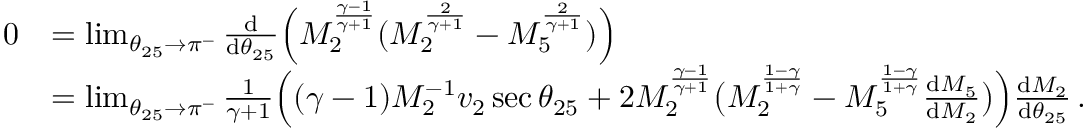
\begin{array} { r l } { 0 } & { = \operatorname* { l i m } _ { \theta _ { 2 5 } \to \pi ^ { - } } \frac { \mathrm { d } } { \mathrm { d } \theta _ { 2 5 } } \Big ( M _ { 2 } ^ { \frac { \gamma - 1 } { \gamma + 1 } } ( M _ { 2 } ^ { \frac { 2 } { \gamma + 1 } } - M _ { 5 } ^ { \frac { 2 } { \gamma + 1 } } ) \Big ) } \\ & { = \operatorname* { l i m } _ { \theta _ { 2 5 } \to \pi ^ { - } } \frac { 1 } { \gamma + 1 } \Big ( ( \gamma - 1 ) M _ { 2 } ^ { - 1 } v _ { 2 } \sec { \theta _ { 2 5 } } + 2 M _ { 2 } ^ { \frac { \gamma - 1 } { \gamma + 1 } } \big ( M _ { 2 } ^ { \frac { 1 - \gamma } { 1 + \gamma } } - M _ { 5 } ^ { \frac { 1 - \gamma } { 1 + \gamma } } \frac { \mathrm { d } M _ { 5 } } { \mathrm { d } M _ { 2 } } \big ) \Big ) \frac { \mathrm { d } M _ { 2 } } { \mathrm { d } \theta _ { 2 5 } } \, . } \end{array}